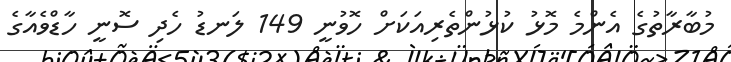
މުބާރާތުގެ އެންމެ މޮޅު ކުޅުންތެރިއަކަށް ހޮވުނީ 149 ލަނޑު ހެދި ސޮނީ ހާޑްވެއާގެ